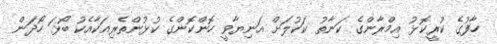
ހާފުގެ ކުރީކޮޅު އިމްރާންގެ ކަނާތު ކަކުލަށް އަނިޔާވީ ހޮންކޮންގެ ކުޅުންތެރިއަކާއެކު ބޯޅަ ހޯދަން